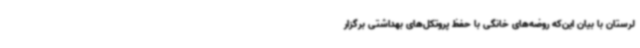
لرستان با بیان این‌که روضه‌های خانگی با حفظ پروتکل‌های بهداشتی برگزار